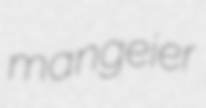
mangeier